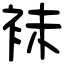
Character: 𧙕